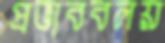
প্রভাববলয়